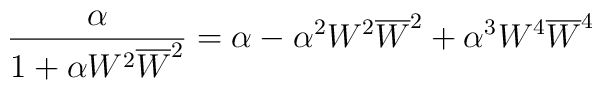
\frac{\alpha}{1+ \alpha W^2 \overline{W}^2} = \alpha - \alpha^2 W^2 \overline{W}^2 + \alpha^3 W^4 \overline{W}^4